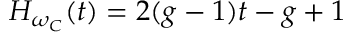
H _ { \omega _ { C } } ( t ) = 2 ( g - 1 ) t - g + 1